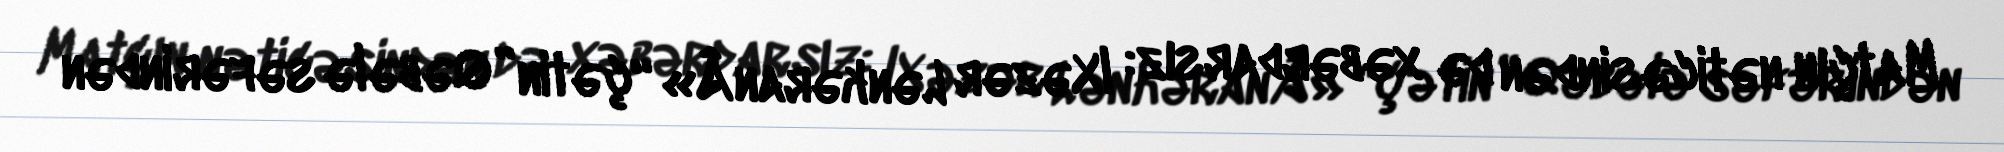
Matçın nəticəsindən də xəbərdarsız: lXəzər LənkəranÂ» “çətin” Qəbələ səfərindən